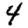
Digit: 4